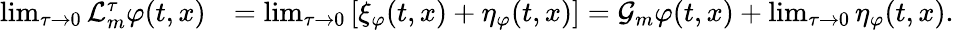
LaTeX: \begin{array}{rl}{\operatorname*{lim}_{\tau\to 0}\mathcal{L}_{m}^{\tau}\varphi(t,x)}&{=\operatorname*{lim}_{\tau\to 0}\left[\xi_{\varphi}(t,x)+\eta_{\varphi}(t,x)\right]=\mathcal{G}_{m}\varphi(t,x)+\operatorname*{lim}_{\tau\to 0}\eta_{\varphi}(t,x).}\end{array}